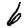
Digit: 6